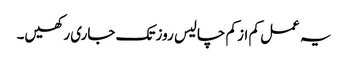
یہ عمل کم از کم چالیس روز تک جاری رکھیں۔